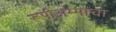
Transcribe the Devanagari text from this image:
रूपीअम्माचा